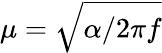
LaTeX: \mu=\sqrt{\alpha/2\pi f}